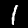
Digit: 1